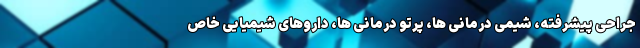
جراحی پیشرفته، شیمی درمانی ها، پرتو درمانی ها، داروهای شیمیایی خاص